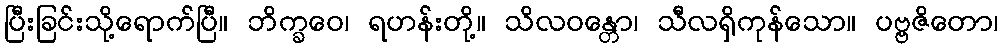
ပြီးခြင်းသို့ရောက်ပြီ။ ဘိက္ခဝေ၊ ရဟန်းတို့။ သိလဝန္တော၊ သီလရှိကုန်သော။ ပဗ္ဗဇိတော၊